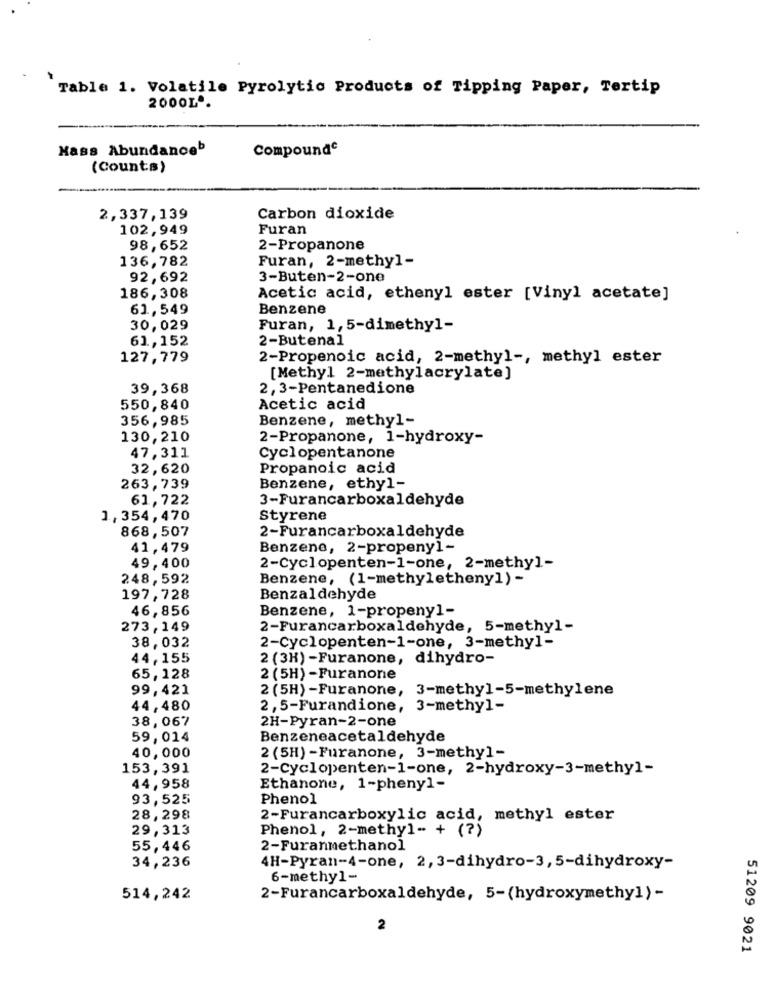
Table 1. Volatile Pyrolytic Products of Tipping Paper, Tertip
2000L .
Hass Abundanceb
Compounde
(Counts)
2,337,139
Carbon dioxide
102,949
Furan
98,652
2-Propanone
136,782
Furan, 2-methyl-
92,692
3-Buten-2-one
186,308
Acetic acid, ethenyl ester [Vinyl acetate]
61,549
Benzene
30,029
Furan, 1,5-dimethyl-
61,152
2-Butenal
127,779
2-Propenoic acid, 2-methyl -, methyl ester
[Methyl 2-methylacrylate]
39,368
2, 3-Pentanedione
550,840
Acetic acid
356,985
Benzene, methyl-
130,210
2-Propanone, 1-hydroxy-
47,311
Cyclopentanone
32,620
Propanoic acid
263,739
Benzene, ethyl-
61,722
3-Furancarboxaldehyde
1,354,470
Styrene
868,507
2-Furancarboxaldehyde
41,479
Benzene, 2-propeny1-
49,400
2-Cyclopenten-1-one, 2-methy]-
248,592
Benzene, (1-methyletheny]) -
197,728
Benzaldehyde
46,856
Benzene, 1-propeny1-
273,149
2-Furancarboxaldehyde, 5-methyl-
38,032
2-Cyclopenten-1-one, 3-methyl-
44,155
2 (3H) -Furanone, dihydro-
65,128
2 (5H) -Furanone
99,421
2 (5H) -Furanone,
3-methyl-5-methylene
44,480
2,5-Furandione, 3-methyl-
38,067
2H-Pyran-2-one
59,014
Benzeneacetaldehyde
40,000
2 (5H) -Furanone, 3-methyl-
153,391
2-Cyclopenten-1-one, 2-hydroxy-3-methyl-
44,958
Ethanone, 1-phenyl-
93,525
Phenol
28,298
2-Furancarboxylic acid, methyl ester
29,313
Phenol, 2-methyl- + (?)
55,446
2-Furanmethanol
34,236
4H-Pyran-4-one, 2,3-dihydro-3,5-dihydroxy-
6-methyl-
514,242
2-Furancarboxaldehyde, 5-(hydroxymethyl)-
2
51209 9021